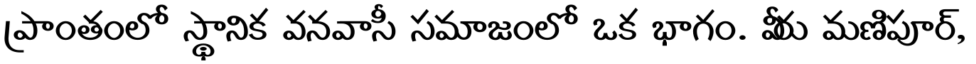
ప్రాంతంలో స్థానిక వనవాసీ సమాజంలో ఒక భాగం. వీరు మణిపూర్,